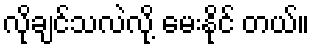
လိုချင်သလဲလို့ မေးနိုင် တယ်။